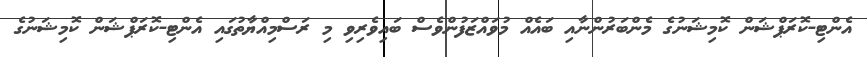
އެންޓި-ކޮރަޕްޝަން ކޮމިޝަނުގެ މެންބަރުންނާއި ބައެއް މުވައްޒަފުންވެސް ބައިވެރިވި މި ރަސްމިއްޔާތުގައި އެންޓި-ކޮރަޕްޝަން ކޮމިޝަނުގެ